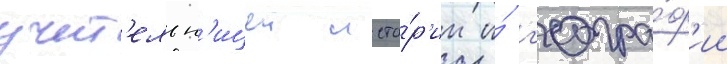
учит'ельн'ицеи исто́р'ии и́ г'еогра́ф'ии